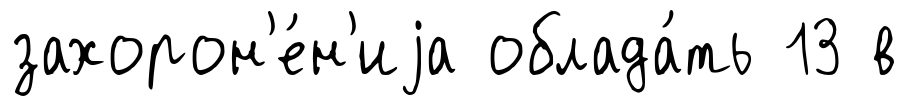
захорон'е́н'иjа облада́ть 13 в